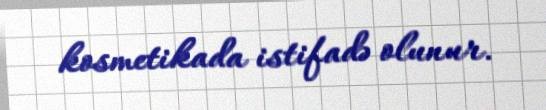
kosmetikada istifadə olunur.